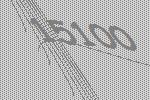
15100